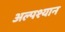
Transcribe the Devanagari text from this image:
अल्पश्यान